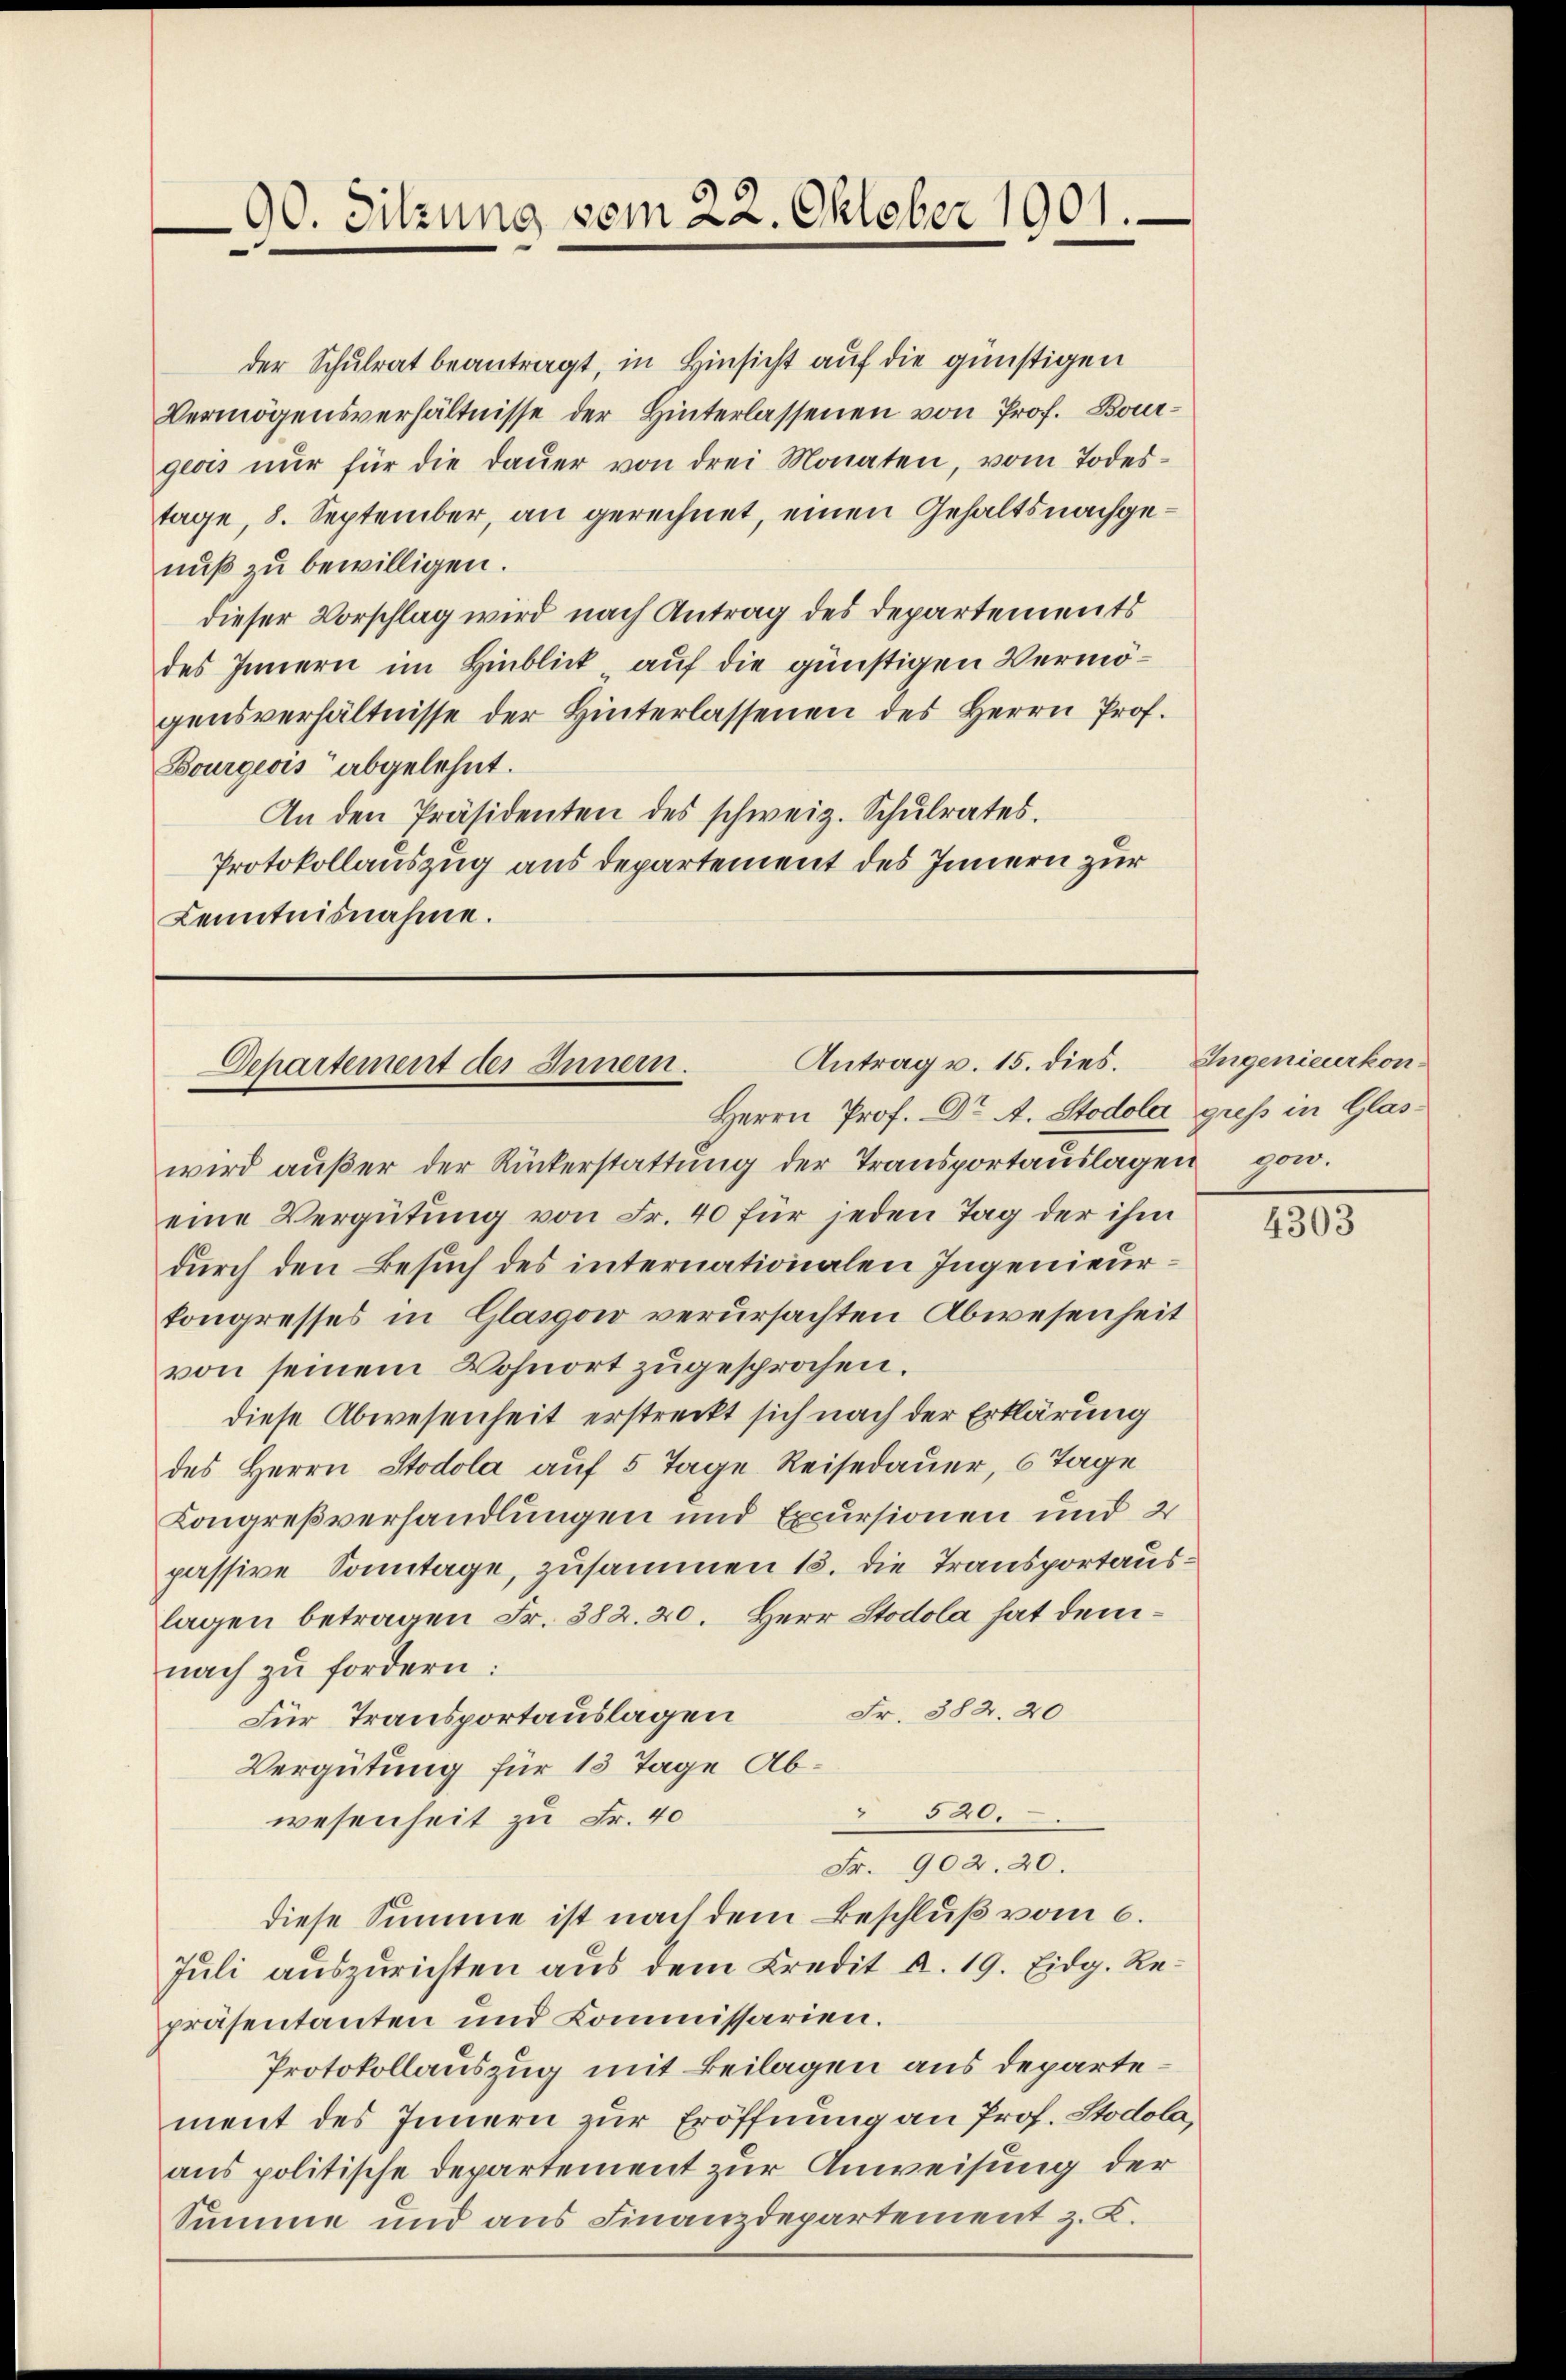
der Schulrat beantragt, in Hinsicht auf die günstigen
Vermögensverhältnisse der Hinterlassenen von Prof. Bourgeois nŭr für die daŭer von drei Monaten, vom Todes-
tage, 8. September, an gerechnet, einen Gehaltsnachgenuß zu bewilligen.
dieser Vorschlag wird nach Antrag des Departements
des Innern im Hinblick auf die günstigen Vermögensverhältnisse der Hinterlassenen des Herrn Prof.
Bourgeois abgelehnt.
An den Präsidenten des schweiz. Schŭlrates.
Protokollauszug aus departement des Innern zur
Kenntnisnahme.

90. Sitzung vom 22. Oktober 1901.

Antrag v. 15. dies.
Departement des Innern.
Herrn Prof. Dr A. Stodola gress in Glas¬

wird aŭβer der Rückerstattŭng der Transportaŭslagen gew
eine Vergütung von Fr. 40 für jeden Tag der ihm
durch den Besuch des internationalen Ingenieurkongresses in Glasgow verursachten Abwesenheit
von seinem Wohnort zugesprochen.
diese Abwesenheit erstreckt sich nach der Erklärung
des Herrn Stodola auf 5 Tage Reisedauer, 6 Tage
Kongreßverhandlungen und Excursionen und 2
passive Sonntage, zusammen 15. die Transportauslagen betragen Fr. 382. 20. Herr Stodola hat demnach zu fordern:
Fr. 382. 20
Für Transportauslagen
Vergütung für 13 Tage Ab¬
320.
wesenheit zu Fr. 40
Fr. 902. 20.
diese Summe ist nach dem Beschluß vom 6.
Juli auszurichten aus dem Credit a. 19. Eidg. Repräsentanten und Kommissarien.
Protokollauszug mit Beilagen aus departement des Innern zur Eröffnung an Prof. Stodola,
aus politische Departement zur Anweisung der
Summe und aus Finanzdepartement z. K.

Ingenieurkon-

4303